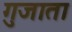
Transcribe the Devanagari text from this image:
गुजाता